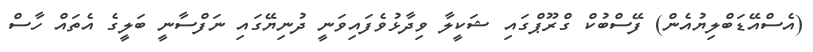
(އެސްއޭޑަބްލިޔުއެން) ފޭސްބުކް ގްރޫޕްގައި ޝަކީލާ ވިދާޅުވެފައިވަނީ ދުނިޔޭގައި ނަފްސާނީ ބަލީގެ އެތައް ހާސް